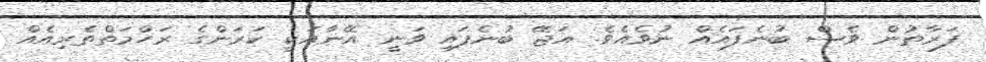
ފަރާތުން ވެސް ބުނެފައެއް ނުވެއެވެ. އަޖޭ ބުނެފައި ވަނީ އޭނާއަކީ ކަރަންގެ ރަހްމަތްތެރިއެއް